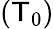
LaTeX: (\mathsf{T}_{0})